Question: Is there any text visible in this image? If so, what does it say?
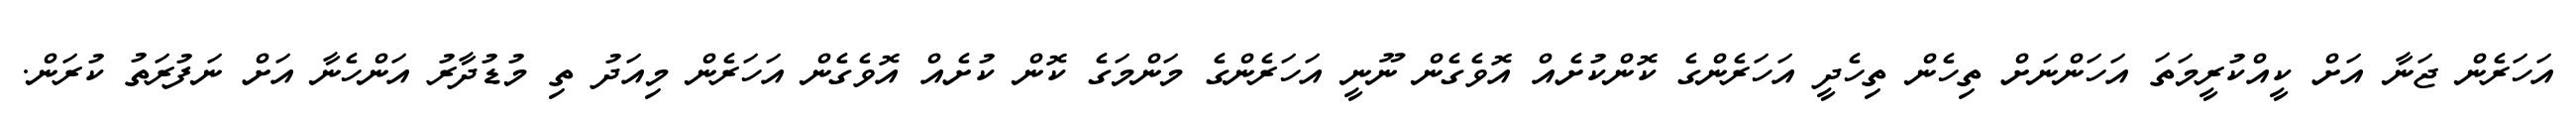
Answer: އަހަރެން ޖަނާ އަށް ކީއްކުރީމަތަ އަހަންނަށް ތިހެން ތިހެދީ އަހަރެންގެ ކޮންކުށެއް އޮވެގެން ނޫނީ އަހަރެންގެ މަންމަގެ ކޮން ކުށެއް އޮވެގެން އަހަރެން މިއަދު ތި މުޑުދާރު އަންހެނާ އަށް ނަފުރަތު ކުރަން.